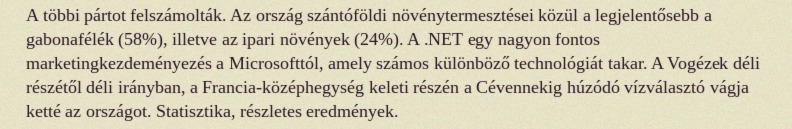
A többi pártot felszámolták. Az ország szántóföldi növénytermesztései közül a legjelentősebb a gabonafélék (58%), illetve az ipari növények (24%). A .NET egy nagyon fontos marketingkezdeményezés a Microsofttól, amely számos különböző technológiát takar. A Vogézek déli részétől déli irányban, a Francia-középhegység keleti részén a Cévennekig húzódó vízválasztó vágja ketté az országot. Statisztika, részletes eredmények.